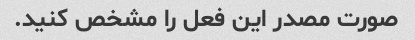
صورت مصدر این فعل را مشخص کنید.